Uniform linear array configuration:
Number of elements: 48
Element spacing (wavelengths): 1
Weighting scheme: hann
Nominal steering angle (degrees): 30
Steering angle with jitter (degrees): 29.154
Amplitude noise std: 0.05
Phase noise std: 0.05

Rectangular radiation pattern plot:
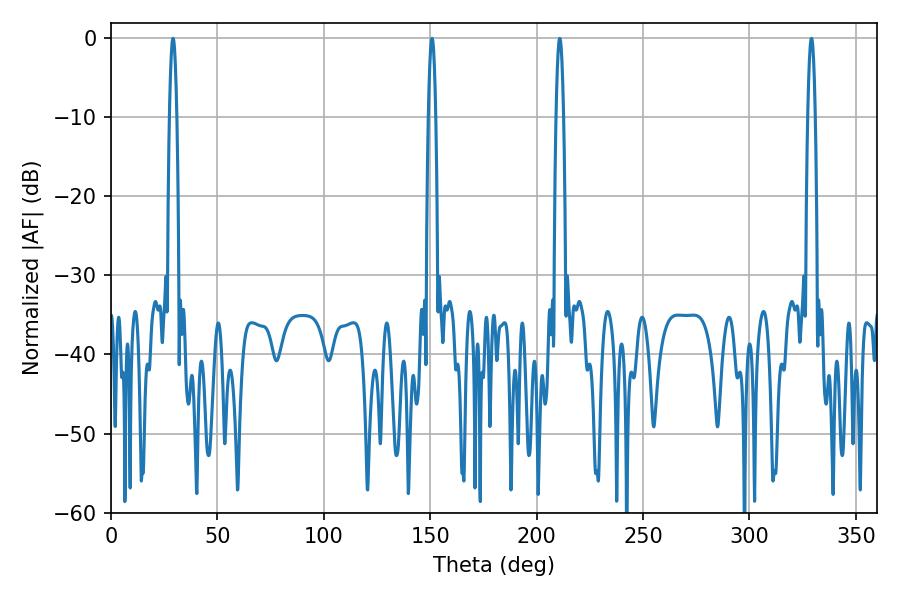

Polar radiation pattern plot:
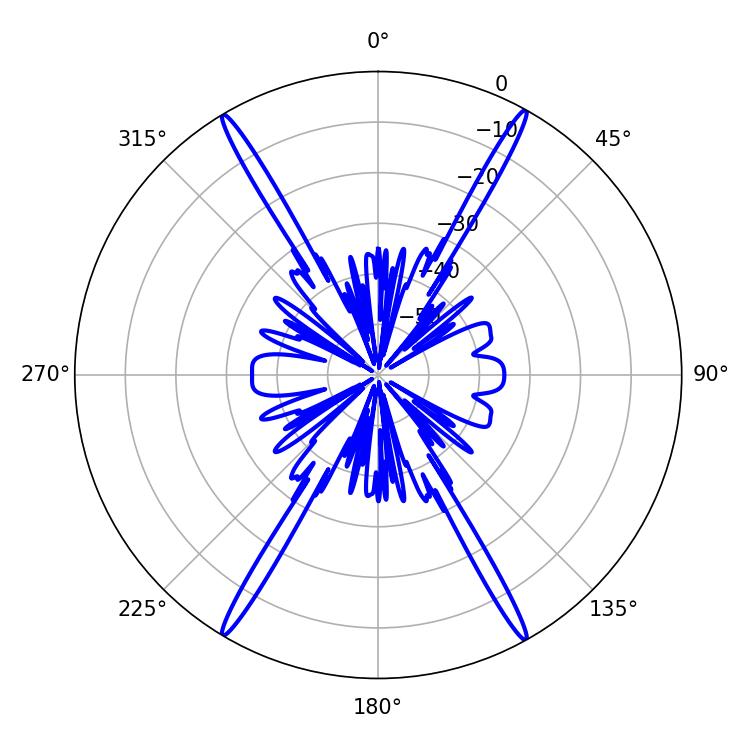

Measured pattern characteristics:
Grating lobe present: TRUE
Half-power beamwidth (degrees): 1.8
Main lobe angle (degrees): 29.16